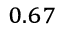
_ { 0 . 6 7 }